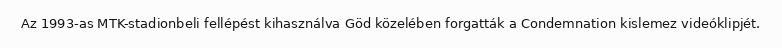
Az 1993-as MTK-stadionbeli fellépést kihasználva Göd közelében forgatták a Condemnation kislemez videóklipjét.